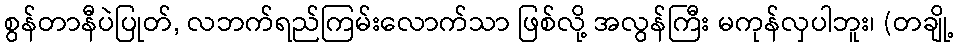
စွန်တာနီပဲပြုတ်, လဘက်ရည်ကြမ်းလောက်သာ ဖြစ်လို့ အလွန်ကြီး မကုန်လှပါဘူး၊ (တချို့